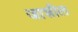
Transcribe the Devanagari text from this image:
जाशील